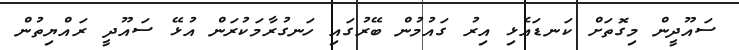
ސައޫދީން މިގޮތަށް ކަނޑައެޅި އިރު ގައުމުން ބޭރުގައި ހަނގުރާމަކުރަން އުޅޭ ސައޫދީ ރައްޔިތުން